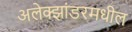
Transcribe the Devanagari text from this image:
अलेक्झांडरमधील